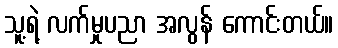
သူ့ရဲ့ လက်မှုပညာ အလွန် ကောင်းတယ်။